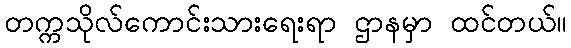
တက္ကသိုလ်ကောင်းသားရေးရာ ဌာနမှာ ထင်တယ်။